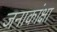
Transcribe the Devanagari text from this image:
जनाकांक्षा